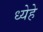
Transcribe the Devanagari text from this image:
ध्येहे